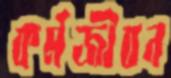
কর্মজীবন